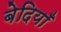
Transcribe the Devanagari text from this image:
बेदियाँ